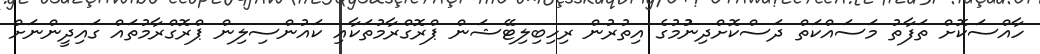
ހާއްސަކޮށް ތަފާތު މަސައްކަތް ދަސްކޮށްދިނުުމުގެ އިތުރުން ރިހިބިލިޓޭޝަން ޕްރޮގްރާމުތަކާއި ކައުންސިލިން ޕްރޮގްރާމުތައް ގައިދީންނަށް